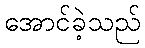
အောင်ခဲ့သည်